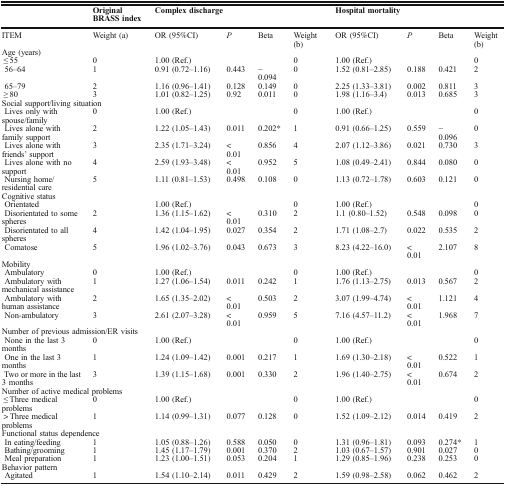
<table><thead><tr><td></td><td><b>Original BRASS index</b></td><td colspan="4"><b>Complex discharge</b></td><td colspan="4"><b>Hospital mortality</b></td></tr></thead><tbody><tr><td>ITEM</td><td>Weight (a)</td><td>OR (95%CI)</td><td><i>P</i></td><td>Beta</td><td>Weight (b)</td><td>OR (95%CI)</td><td><i>P</i></td><td>Beta</td><td>Weight (b)</td></tr><tr><td colspan="10">Age (years)</td></tr><tr><td> ≤ 55</td><td>0</td><td>1.00 (Ref.)</td><td></td><td></td><td>0</td><td>1.00 (Ref.)</td><td></td><td></td><td>0</td></tr><tr><td> 56–64</td><td>1</td><td>0.91 (0.72–1.16)</td><td>0.443</td><td>− 0.094</td><td>0</td><td>1.52 (0.81–2.85)</td><td>0.188</td><td>0.421</td><td>2</td></tr><tr><td> 65–79</td><td>2</td><td>1.16 (0.96–1.41)</td><td>0.128</td><td>0.149</td><td>0</td><td>2.25 (1.33–3.81)</td><td>0.002</td><td>0.811</td><td>3</td></tr><tr><td> ≥ 80</td><td>3</td><td>1.01 (0.82–1.25)</td><td>0.92</td><td>0.011</td><td>0</td><td>1.98 (1.16–3.4)</td><td>0.013</td><td>0.685</td><td>3</td></tr><tr><td colspan="10">Social support/living situation</td></tr><tr><td> Lives only with spouse/family</td><td>0</td><td>1.00 (Ref.)</td><td></td><td></td><td>0</td><td>1.00 (Ref.)</td><td></td><td></td><td>0</td></tr><tr><td> Lives alone with family support</td><td>2</td><td>1.22 (1.05–1.43)</td><td>0.011</td><td>0.202*</td><td>1</td><td>0.91 (0.66–1.25)</td><td>0.559</td><td>− 0.096</td><td>0</td></tr><tr><td> Lives alone with friends’ support</td><td>3</td><td>2.35 (1.71–3.24)</td><td>&lt; 0.01</td><td>0.856</td><td>4</td><td>2.07 (1.12–3.86)</td><td>0.021</td><td>0.730</td><td>3</td></tr><tr><td> Lives alone with no support</td><td>4</td><td>2.59 (1.93–3.48)</td><td>&lt; 0.01</td><td>0.952</td><td>5</td><td>1.08 (0.49–2.41)</td><td>0.844</td><td>0.080</td><td>0</td></tr><tr><td> Nursing home/residential care</td><td>5</td><td>1.11 (0.81–1.53)</td><td>0.498</td><td>0.108</td><td>0</td><td>1.13 (0.72–1.78)</td><td>0.603</td><td>0.121</td><td>0</td></tr><tr><td colspan="10">Cognitive status</td></tr><tr><td> Orientated</td><td></td><td>1.00 (Ref.)</td><td></td><td></td><td>0</td><td>1.00 (Ref.)</td><td></td><td></td><td>0</td></tr><tr><td> Disorientated to some spheres</td><td>2</td><td>1.36 (1.15–1.62)</td><td>&lt; 0.01</td><td>0.310</td><td>2</td><td>1.1 (0.80–1.52)</td><td>0.548</td><td>0.098</td><td>0</td></tr><tr><td> Disorientated to all spheres</td><td>4</td><td>1.42 (1.04–1.95)</td><td>0.027</td><td>0.354</td><td>2</td><td>1.71 (1.08–2.7)</td><td>0.022</td><td>0.535</td><td>2</td></tr><tr><td> Comatose</td><td>5</td><td>1.96 (1.02–3.76)</td><td>0.043</td><td>0.673</td><td>3</td><td>8.23 (4.22–16.0)</td><td>&lt; 0.01</td><td>2.107</td><td>8</td></tr><tr><td colspan="10">Mobility</td></tr><tr><td> Ambulatory</td><td>0</td><td>1.00 (Ref.)</td><td></td><td></td><td>0</td><td>1.00 (Ref.)</td><td></td><td></td><td>0</td></tr><tr><td> Ambulatory with mechanical assistance</td><td>1</td><td>1.27 (1.06–1.54)</td><td>0.011</td><td>0.242</td><td>1</td><td>1.76 (1.13–2.75)</td><td>0.013</td><td>0.567</td><td>2</td></tr><tr><td> Ambulatory with human assistance</td><td>2</td><td>1.65 (1.35–2.02)</td><td>&lt; 0.01</td><td>0.503</td><td>2</td><td>3.07 (1.99–4.74)</td><td>&lt; 0.01</td><td>1.121</td><td>4</td></tr><tr><td> Non-ambulatory</td><td>3</td><td>2.61 (2.07–3.28)</td><td>&lt; 0.01</td><td>0.959</td><td>5</td><td>7.16 (4.57–11.2)</td><td>&lt; 0.01</td><td>1.968</td><td>7</td></tr><tr><td colspan="10">Number of previous admission/ER visits</td></tr><tr><td> None in the last 3 months</td><td>0</td><td>1.00 (Ref.)</td><td></td><td></td><td>0</td><td>1.00 (Ref.)</td><td></td><td></td><td>0</td></tr><tr><td> One in the last 3 months</td><td>1</td><td>1.24 (1.09–1.42)</td><td>0.001</td><td>0.217</td><td>1</td><td>1.69 (1.30–2.18)</td><td>&lt; 0.01</td><td>0.522</td><td>1</td></tr><tr><td> Two or more in the last 3 months</td><td>3</td><td>1.39 (1.15–1.68)</td><td>0.001</td><td>0.330</td><td>2</td><td>1.96 (1.40–2.75)</td><td>&lt; 0.01</td><td>0.674</td><td>2</td></tr><tr><td colspan="10">Number of active medical problems</td></tr><tr><td> ≤ Three medical problems</td><td>0</td><td>1.00 (Ref.)</td><td></td><td></td><td>0</td><td>1.00 (Ref.)</td><td></td><td></td><td>0</td></tr><tr><td> &gt; Three medical problems</td><td>1</td><td>1.14 (0.99–1.31)</td><td>0.077</td><td>0.128</td><td>0</td><td>1.52 (1.09–2.12)</td><td>0.014</td><td>0.419</td><td>2</td></tr><tr><td colspan="10">Functional status dependence</td></tr><tr><td> In eating/feeding</td><td>1</td><td>1.05 (0.88–1.26)</td><td>0.588</td><td>0.050</td><td>0</td><td>1.31 (0.96–1.81)</td><td>0.093</td><td>0.274*</td><td>1</td></tr><tr><td> Bathing/grooming</td><td>1</td><td>1.45 (1.17–1.79)</td><td>0.001</td><td>0.370</td><td>2</td><td>1.03 (0.67–1.57)</td><td>0.901</td><td>0.027</td><td>0</td></tr><tr><td> Meal preparation</td><td>1</td><td>1.23 (1.00–1.51)</td><td>0.053</td><td>0.204</td><td>1</td><td>1.29 (0.85–1.96)</td><td>0.238</td><td>0.253</td><td>0</td></tr><tr><td colspan="10">Behavior pattern</td></tr><tr><td> Agitated</td><td>1</td><td>1.54 (1.10–2.14)</td><td>0.011</td><td>0.429</td><td>2</td><td>1.59 (0.98–2.58)</td><td>0.062</td><td>0.462</td><td>2</td></tr></tbody></table>